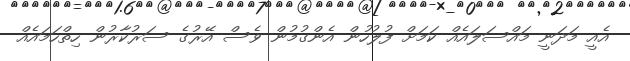
އެއީ މަދަނީ މައްސަލައެއް ކަމަށް ފުލުހުން އެންގުމުން ވެސް އޭރުގެ ސަރުކާރުން ހިތްހަމައެއް